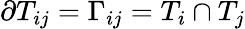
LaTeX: \partial T_{ij}=\Gamma_{ij}=T_{i}\cap T_{j}